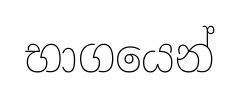
භාගයෙන්